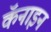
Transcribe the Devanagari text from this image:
कॅनाइन